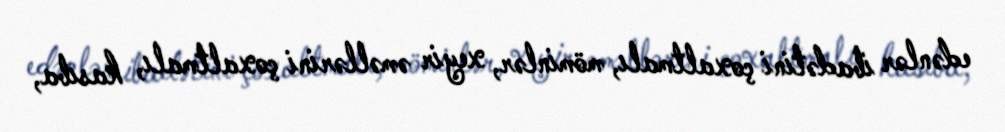
edənlər ibadətini çoxaltmalı, möminlər, xeyir əməllərini çoxaltmalı, kasıba,